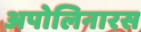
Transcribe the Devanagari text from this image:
अपोलिनारस